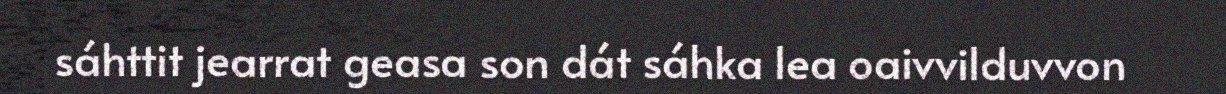
sáhttit jearrat geasa son dát sáhka lea oaivvilduvvon